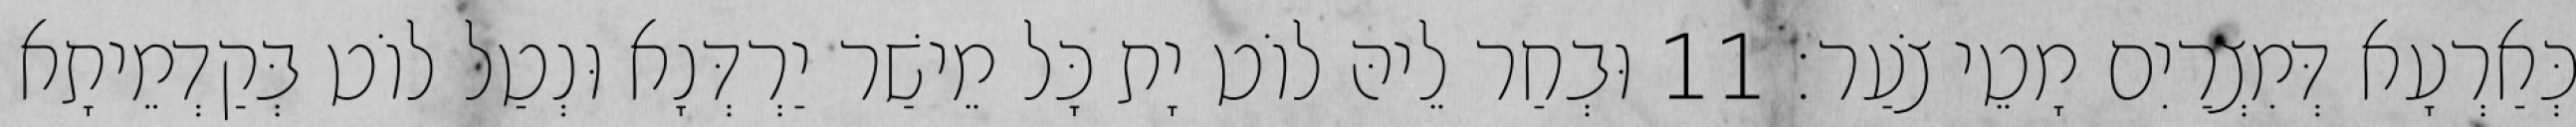
כְּאַרְעָא דְּמִצְרַיִם מָטֵי צֹעַר׃ 11 וּבְחַר לֵיהּ לוֹט יָת כָּל מֵישַׁר יַרְדְּנָא וּנְטַל לוֹט בְּקַדְמֵיתָא